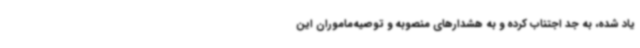
یاد شده، به جد اجتناب کرده و به هشدارهای منصوبه و توصیه‌ماموران این